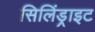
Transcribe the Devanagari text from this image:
सिलिंड्राइट